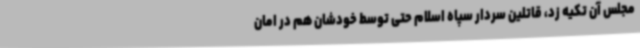
مجلس آن تکیه زد، قاتلین سردار سپاه اسلام حتی توسط خودشان هم در امان